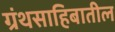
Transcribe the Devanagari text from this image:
ग्रंथसाहिबातील